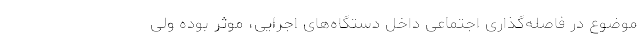
موضوع در فاصله‌گذاری اجتماعی داخل دستگاه‌های اجرایی، موثر بوده ولی